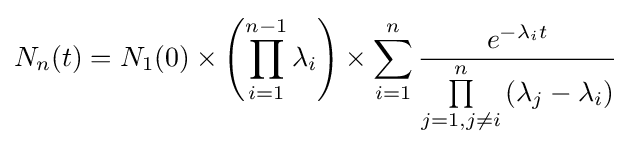
N_{n}(t)=N_{1}(0)\times \left(\prod _{i=1}^{n-1}\lambda _{i}\right)\times \sum _{i=1}^{n}{\frac {e^{-\lambda _{i}t}}{\prod \limits _{j=1,j\neq i}^{n}\left(\lambda _{j}-\lambda _{i}\right)}}